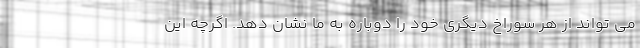
می تواند از هر سوراخ دیگری خود را دوباره به ما نشان دهد. اگرچه این